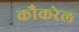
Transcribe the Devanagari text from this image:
कौकरेल